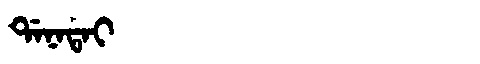
Manchu: ᡩᠠᠨᠠᡨᠠᡳ
Romanization: DANATAI